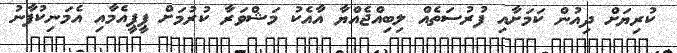
ކުރިޔަށް ދިއުން ކަމަށާއި ފުރުސަތެއް ލިބިއްޖެއްޔާ އާއެކު މަޝްވަރާ ކުރުމަށް ޕީޕީއެމާއި އެމަނިކުފާނު